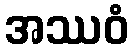
အဿဝံ